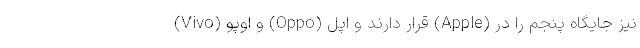
(Vivo) و اوپو (Oppo) قرار دارند و اپل (Apple) نیز جایگاه پنجم را در